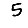
Digit: 5